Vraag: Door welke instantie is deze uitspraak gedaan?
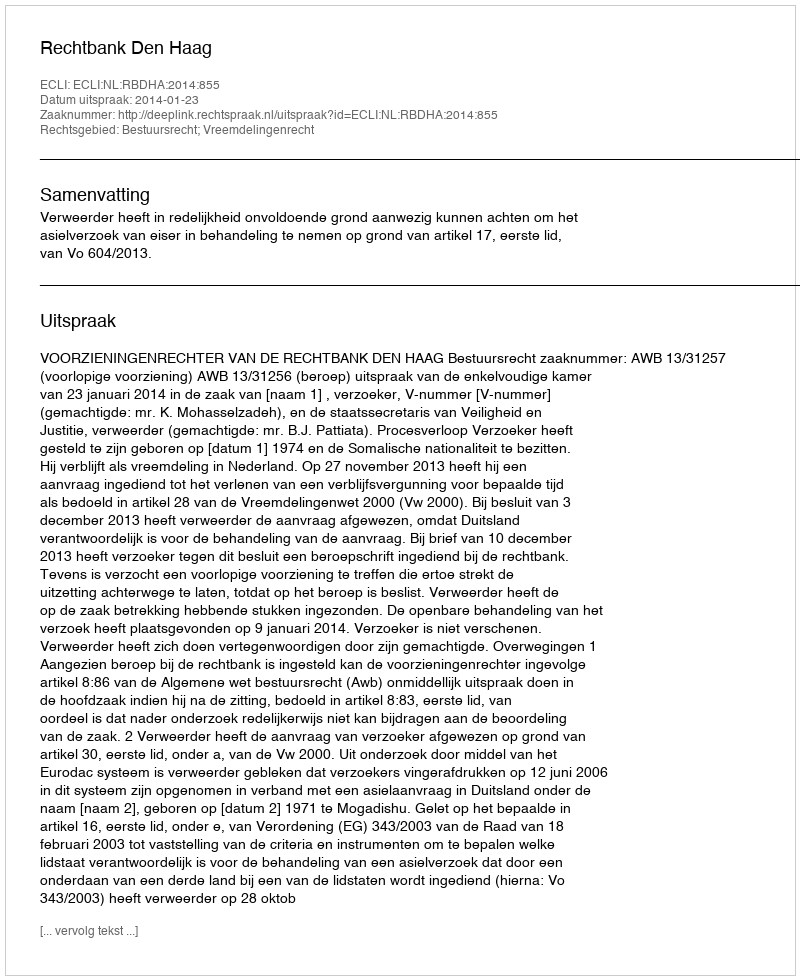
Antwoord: Rechtbank Den Haag